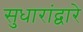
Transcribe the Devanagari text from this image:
सुधारांद्वारे